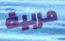
مربية